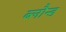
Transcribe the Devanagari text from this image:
ब्लौन्ड